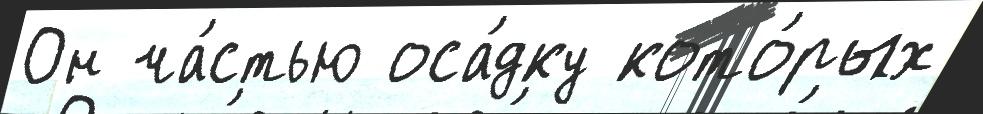
Он ча́стью оса́дку кото́рых